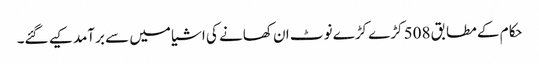
حکام کے مطابق 508 کڑے کڑے نوٹ ان کھانے کی اشیا میں سے برآمد کیے گئے۔